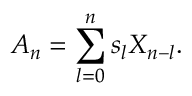
A _ { n } = \sum _ { l = 0 } ^ { n } s _ { l } X _ { n - l } .